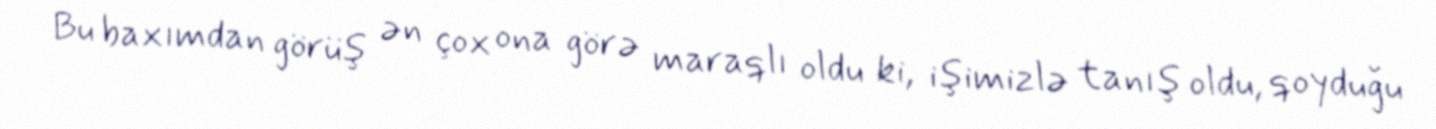
Bu baxımdan görüş ən çox ona görə maraqlı oldu ki, işimizlə tanış oldu, qoyduğu